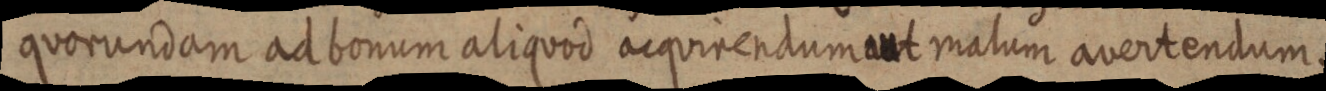
quorundam ad bonum aliquod acquirendum ut malum avertendum.